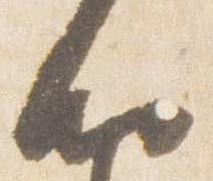
納